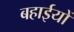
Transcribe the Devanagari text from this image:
बहाईयों